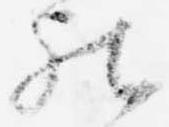
被